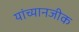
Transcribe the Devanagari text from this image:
यांच्यानजीक